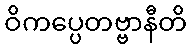
ဝိကပ္ပေတဗ္ဗာနီတိ